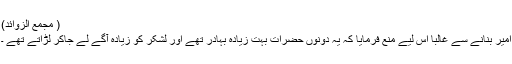
( مجمع الزوائد)
امیر بنانے سے غالباً اس لیے منع فرمایا کہ یہ دونوں حضرات بہت زیادہ بہادر تھے اور لشکر کو زیادہ آگے لے جاکر لڑاتے تھے ۔